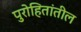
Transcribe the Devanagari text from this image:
पुरोहितांतील